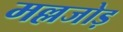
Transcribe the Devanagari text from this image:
मल्लजोड़